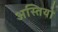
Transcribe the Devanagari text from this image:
अस्तियो